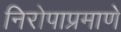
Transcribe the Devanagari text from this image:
निरोपाप्रमाणे